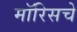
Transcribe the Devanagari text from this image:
मॉरिसचे